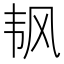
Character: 𬰲